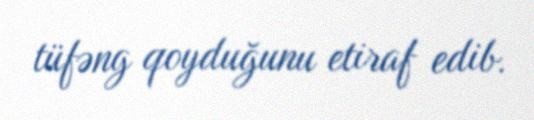
tüfəng qoyduğunu etiraf edib.